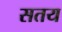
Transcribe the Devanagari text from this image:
सतय